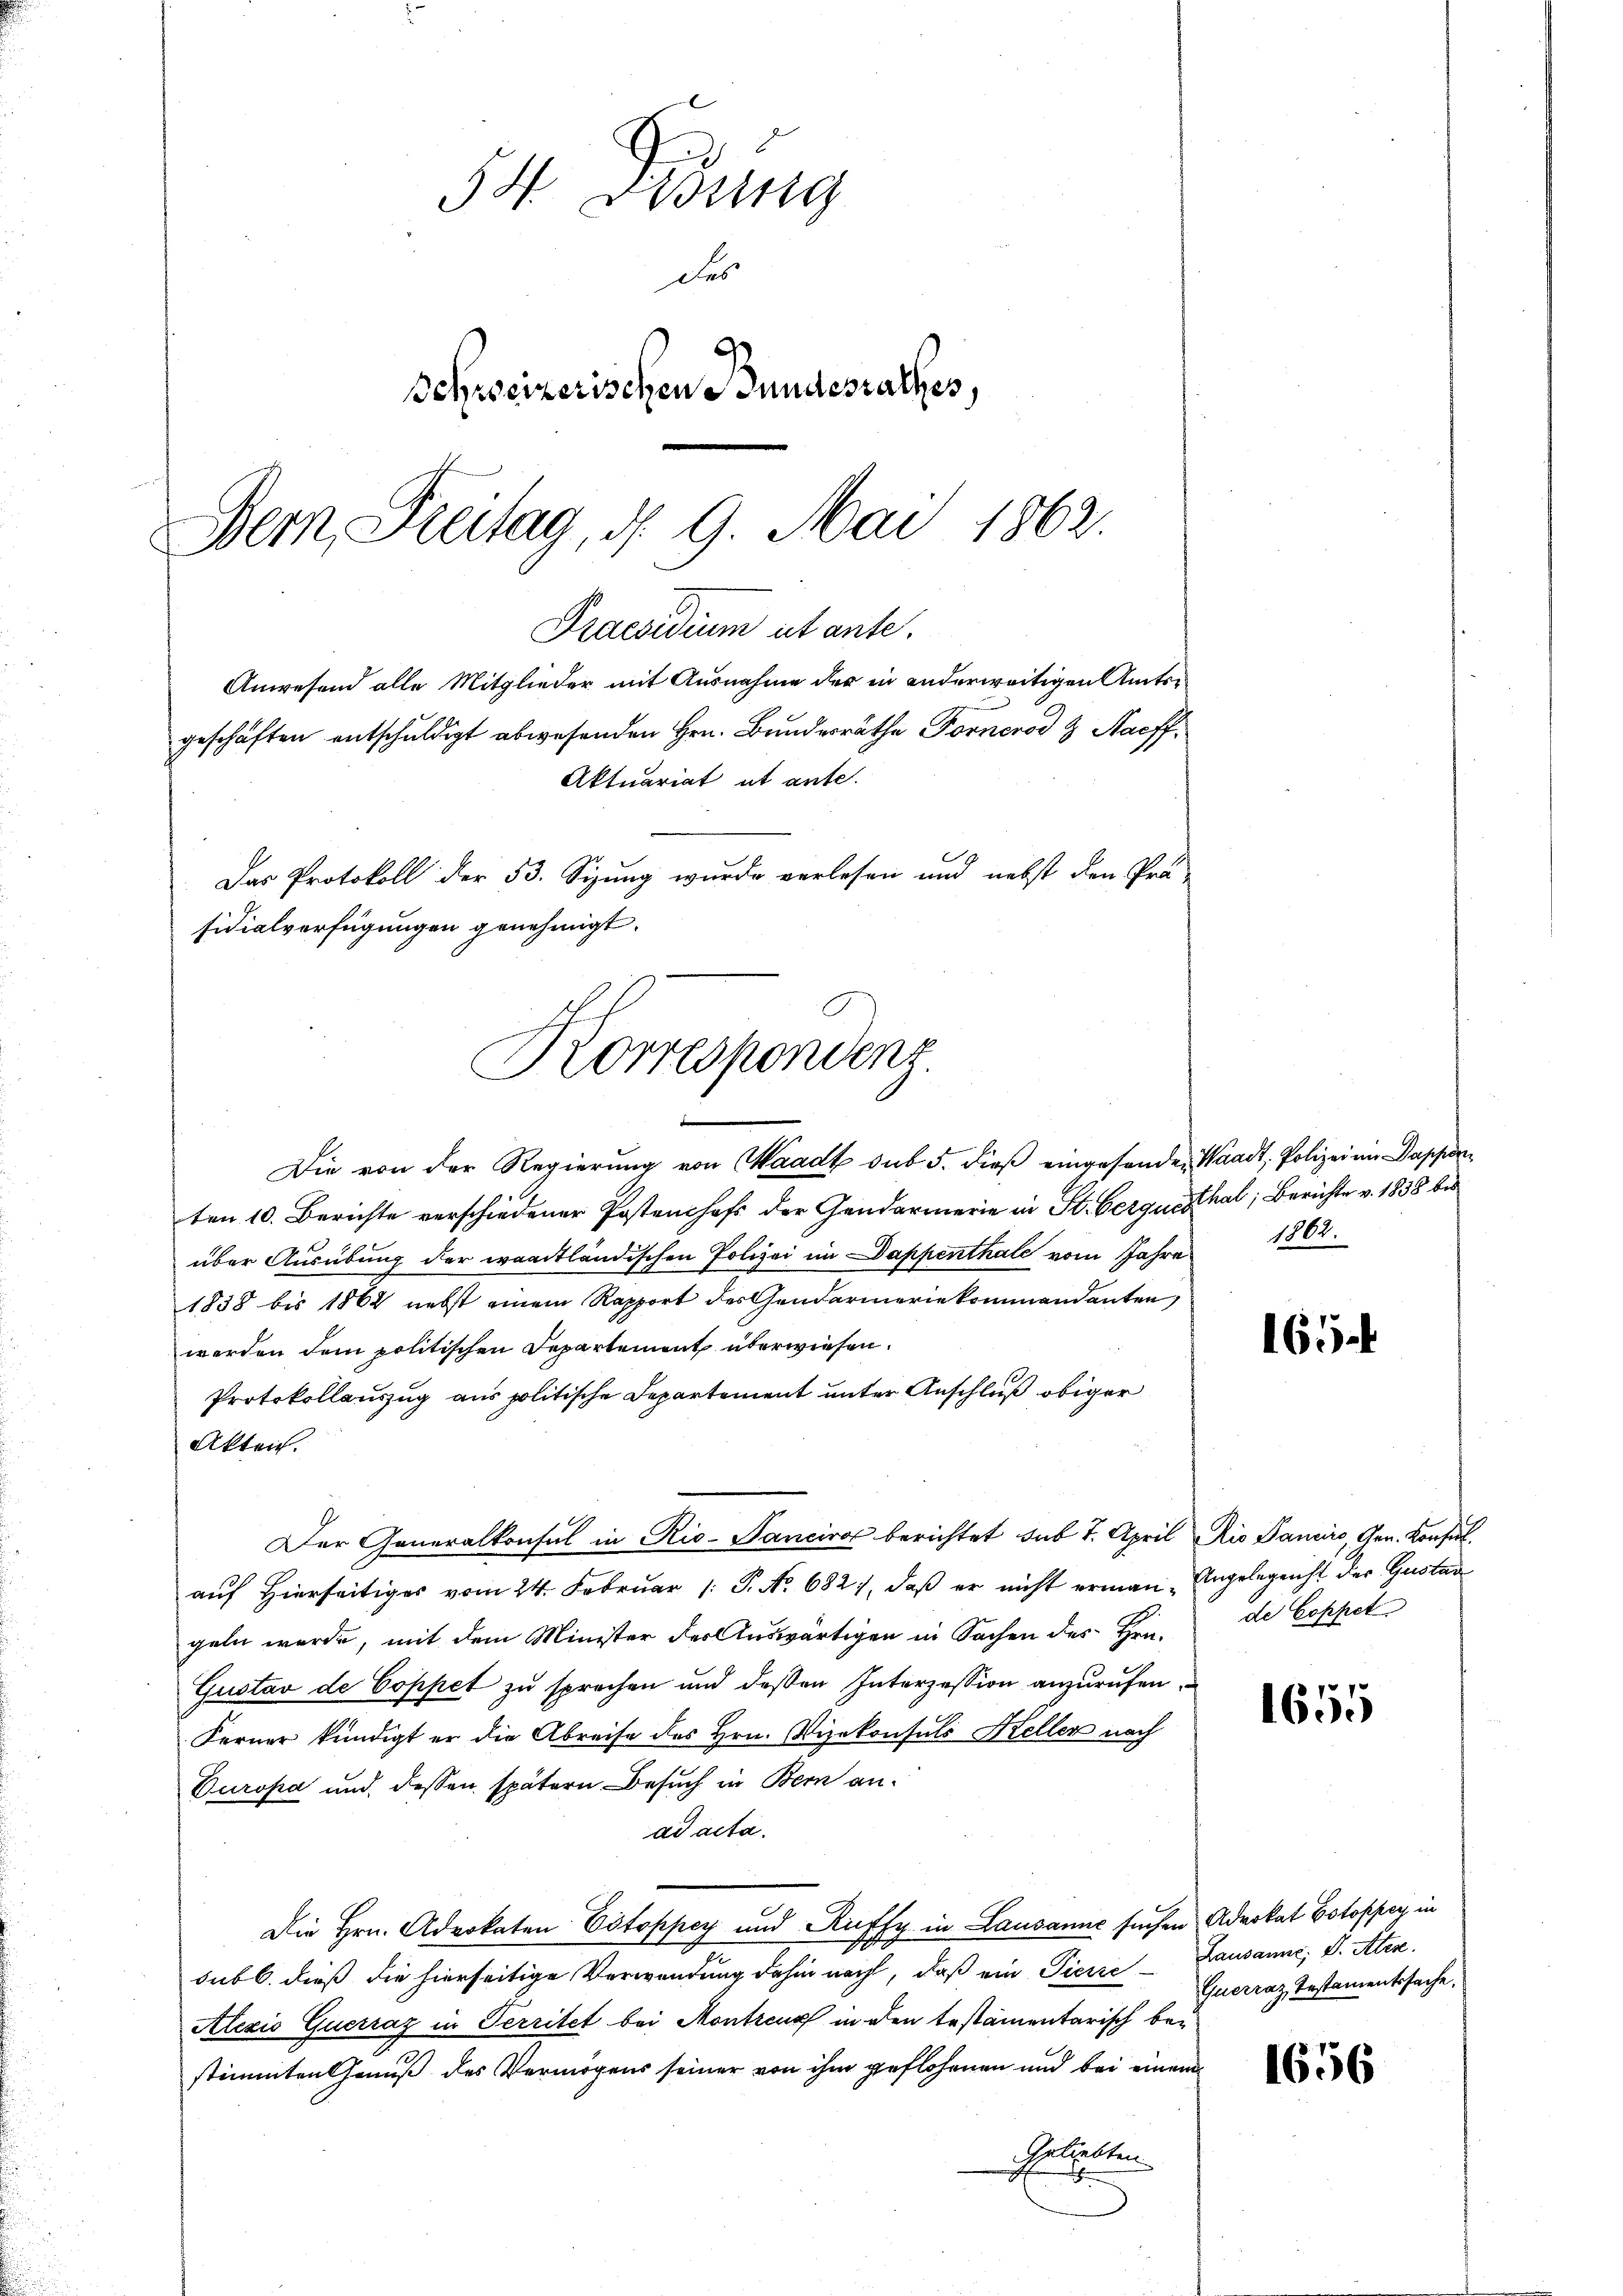
54. Didung
des
Schweizerischen Bundesrathes,
Bern, Freitag, d. 9. Mai 1862.

Praesidium utante.
Anwesend alle Mitglieder mit Ausnahme der in anderweitigen Amtsgeschäften entschuldigt abwesenden Hrn. Bundesräthe Fornerod & Naeff¬
Aktuariat et ante.

Das Protokoll der 53. Sizung wurde verlesen und nebst den Prä-
Die von der Regierŭng von Waadt sub 5. dieβ eingehenden Waadt, Polizei ein Dappen-
ten 10. Berichte verschiedener Postenchefs der Gendarmerie in St. Gerquesthal, Berichte v. 1838 bis
über Ausübung der waadtländischen Polizei im Dappenthale vom Jahre
1858 bis 1862 nebst einem Rapport des Gendarmeriekommandanten
werden dem politischen Departement überwiesen.
Protokollauszug aus politische Departement unter Anschluß obiger
Akten.
Der Generalkonsul in Rio-Panciro berichtet sub 7. April Rio Pancire, Gen. Konsul
auf Hierseitiges vom 24. Februar (: P. No. 682), daß er nicht erman Angelegenst der Gustan
geln werde, mit dem Minister der Auswärtigen in Sachen des Hrn.
Gustav de Coppet zu sprechen und deßen Interzession anzurufen,
Ferner kündigt er die Abreise des Hrn. Vizekonsuls Keller nach
Europa und dessen spätern Besuch in Bern anad acta.
Die Hrn. Advokaten Estoppey und Ruffy in Lausanne suchen Advokat Botoppen in
sub b. dieß die hierseitige Verwendung dahin nach, daß ein Pierre Lausanne, S. Attes.
Alexio Querraz in Territet bei Montreux in den testamentarisch bei
stimmten Genuß des Vermögens seiner von ihm geflohenen und bei einem
Geliebten
.

sidialverfügungen genehmigt.
Korrespondenz.

1867.

165

de Coppet

1655

Querraz, Testamentssache.

1656